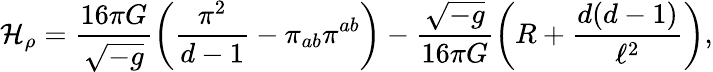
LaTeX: {\cal H}_{\rho}=\frac{16\pi G}{\sqrt{-g}}\left(\frac{\pi^{2}}{d-1}-\pi_{ab}\pi^{ab}\right)-\frac{\sqrt{-g}}{16\pi G}\left(R+\frac{d(d-1)}{\ell^{2}}\right),